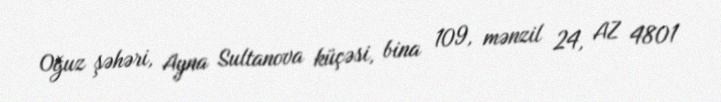
Oğuz şəhəri, Ayna Sultanova küçəsi, bina 109, mənzil 24, AZ 4801